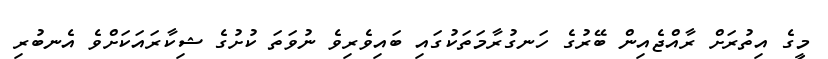
މީގެ އިތުރަށް ރާއްޖެއިން ބޭރުގެ ހަނގުރާމަތަކުގައި ބައިވެރިވެ ނުވަތަ ކުށުގެ ޝިކާރައަކަށްވެ އެނބުރި